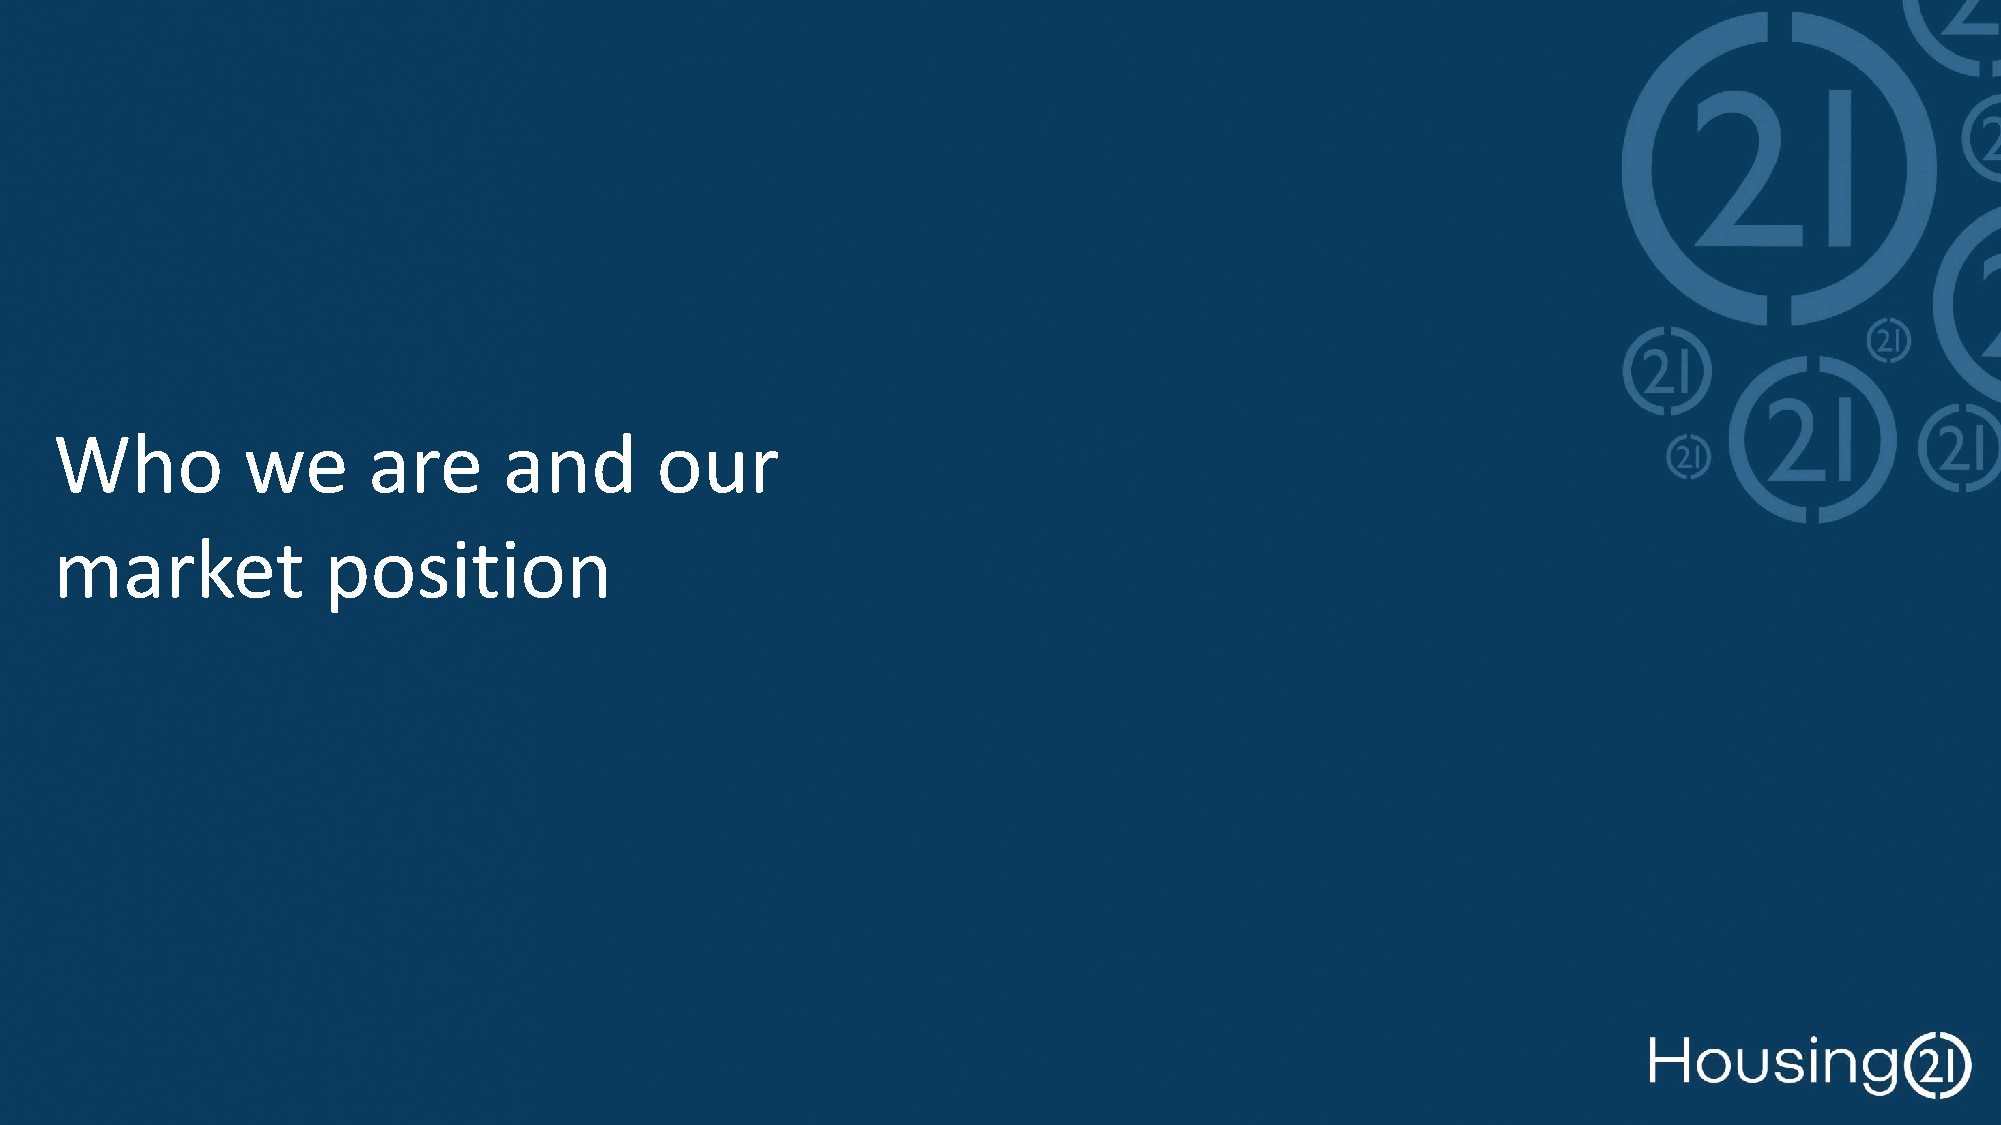
Who         we      are      and       our
 market           position